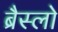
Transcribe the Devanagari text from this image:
ब्रैस्लो